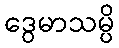
ဒွေမာသမ္ပိ